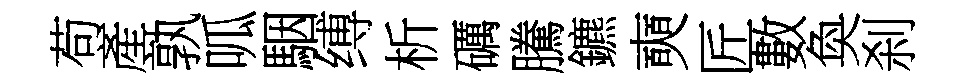
苟產孰呱駰缚析礪騰鑣奭匠數奐刹